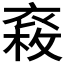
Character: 𧛉